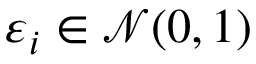
\varepsilon _ { i } \in \mathcal { N } ( 0 , 1 )